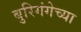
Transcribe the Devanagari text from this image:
बुरिगंगेच्या